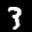
Label: 3